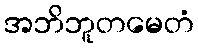
အဘိဘူတမေတံ